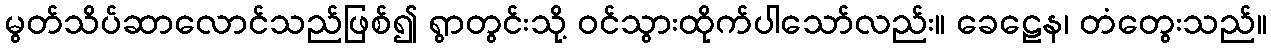
မွတ်သိပ်ဆာလောင်သည်ဖြစ်၍ ရွာတွင်းသို့ ဝင်သွားထိုက်ပါသော်လည်း။ ခေဠေန၊ တံတွေးသည်။